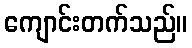
ကျောင်းတက်သည်။